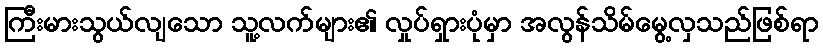
ကြီးမားသွယ်လျသော သူ့လက်များ၏ လှုပ်ရှားပုံမှာ အလွန်သိမ်မွေ့လှသည်ဖြစ်ရာ